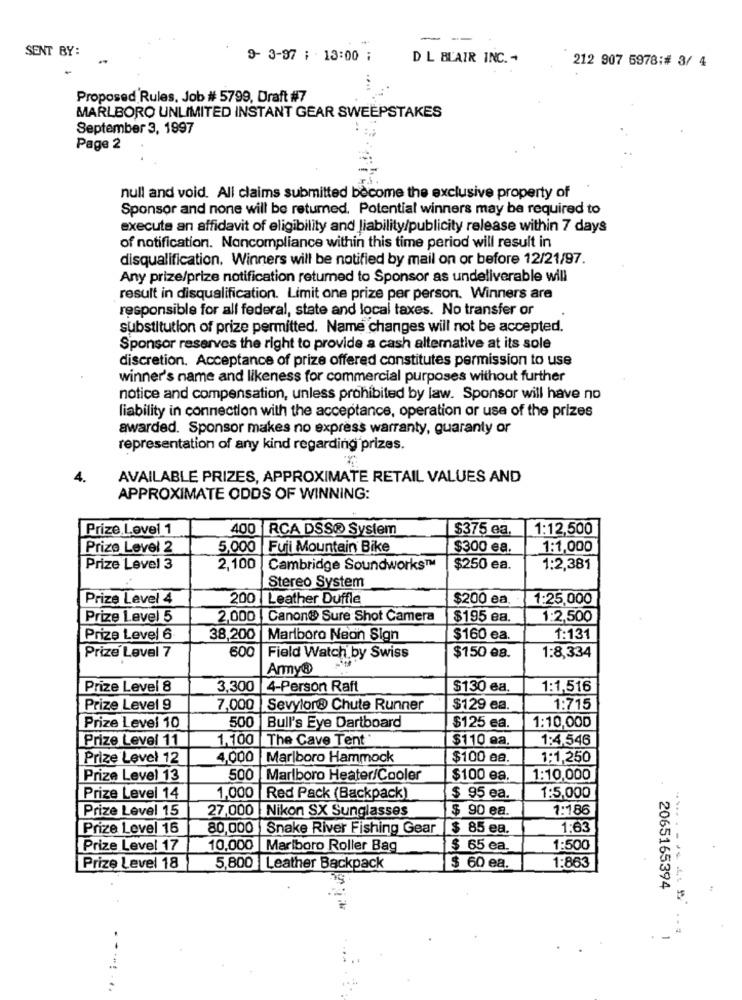
- --
SENT BY:
9- 3-97 ; 13:00 ;
D L BLAIR INC. -
212 907 5978:# 3/ 4
Proposed Rules, Job # 5799, Draft #7
MARLBORO UNLIMITED INSTANT GEAR SWEEPSTAKES
September 3, 1997
Page 2
null and void. All claims submitted become the exclusive property of
Sponsor and none will be retumed. Potential winners may be required to
execute an affidavit of eligibility and liability/publicity release within 7 days
of notification. Noncompliance within this time period will result in
disqualification. Winners will be notified by mail on or before 12/21/97.
Any prize/prize notification returned to Sponsor as undeliverable will
result in disqualification. Limit one prize per person. Winners are
responsible for all federal, state and local taxes. No transfer or
substitution of prize permitted. Name changes will not be accepted.
Sponsor reserves the right to provide a cash alternative at its sole
discretion. Acceptance of prize offered constitutes permission to use
winner's name and likeness for commercial purposes without further
notice and compensation, unless prohibited by law. Sponsor will have no
liability in connection with the acceptance, operation or use of the prizes
awarded. Sponsor makes no express warranty, guaranty or
representation of any kind regarding prizes.
4.
AVAILABLE PRIZES, APPROXIMATE RETAIL VALUES AND
APPROXIMATE ODDS OF WINNING:
Prize Level 1
400 RCA DSS® System
$375 ea.
1:12,500
Prize Level 2
5,000 Fuji Mountain Bike
$300 ea.
1:1,000
Prize Level 3
2,100
Cambridge Soundworks™
$250 ea.
1:2,381
Stereo System
Prize Level 4
200 Leather Duffle
$200 ea
1:25,000
Prize Level 5
2,000 Canon® Sure Shot Camera
$195 ea.
1:2,500
Prize Level 6
38,200 Marlboro Neon Sign
$160 ea.
1:131
600
Prize Level 7
Field Watch by Swiss
$150 e8.
1:8,334
Army®
Prize Level 8
3,300 4-Person Raft
$130 ea.
1:1,516
Prize Level 9
7,000 Sevylor® Chute Runner
$129 ea.
1:715
1:10,000
Prize Level 10
500
Bull's Eye Dartboard
$125 ea.
Prize Level 11
1,100
The Cave Tent
$110 ea.
1:4,546
Prize Level 12
4,000 Marlboro Hammock
$100 ea.
1:1,250
Priza Level 13
500 Marlboro Heater/Cooler
$100 ea.
1:10,000
Prize Level 14
1,000 Red Pack (Backpack)
$ 95 ea.
1:5,000
Prize Level 15
27,000 Nikon SX Sunglasses
$ 90 ea.
1:186
Prize Level 16
80,000 | Snake River Fishing Gear
$ 85 ea.
1,63
Prize Level 17
10,000 Marlboro Roller Bag
$ 65 ea.
1:500
1:863
Prize Level 18
5,800 Leather Backpack
$ 60 ea.
2065165394
.***. ...